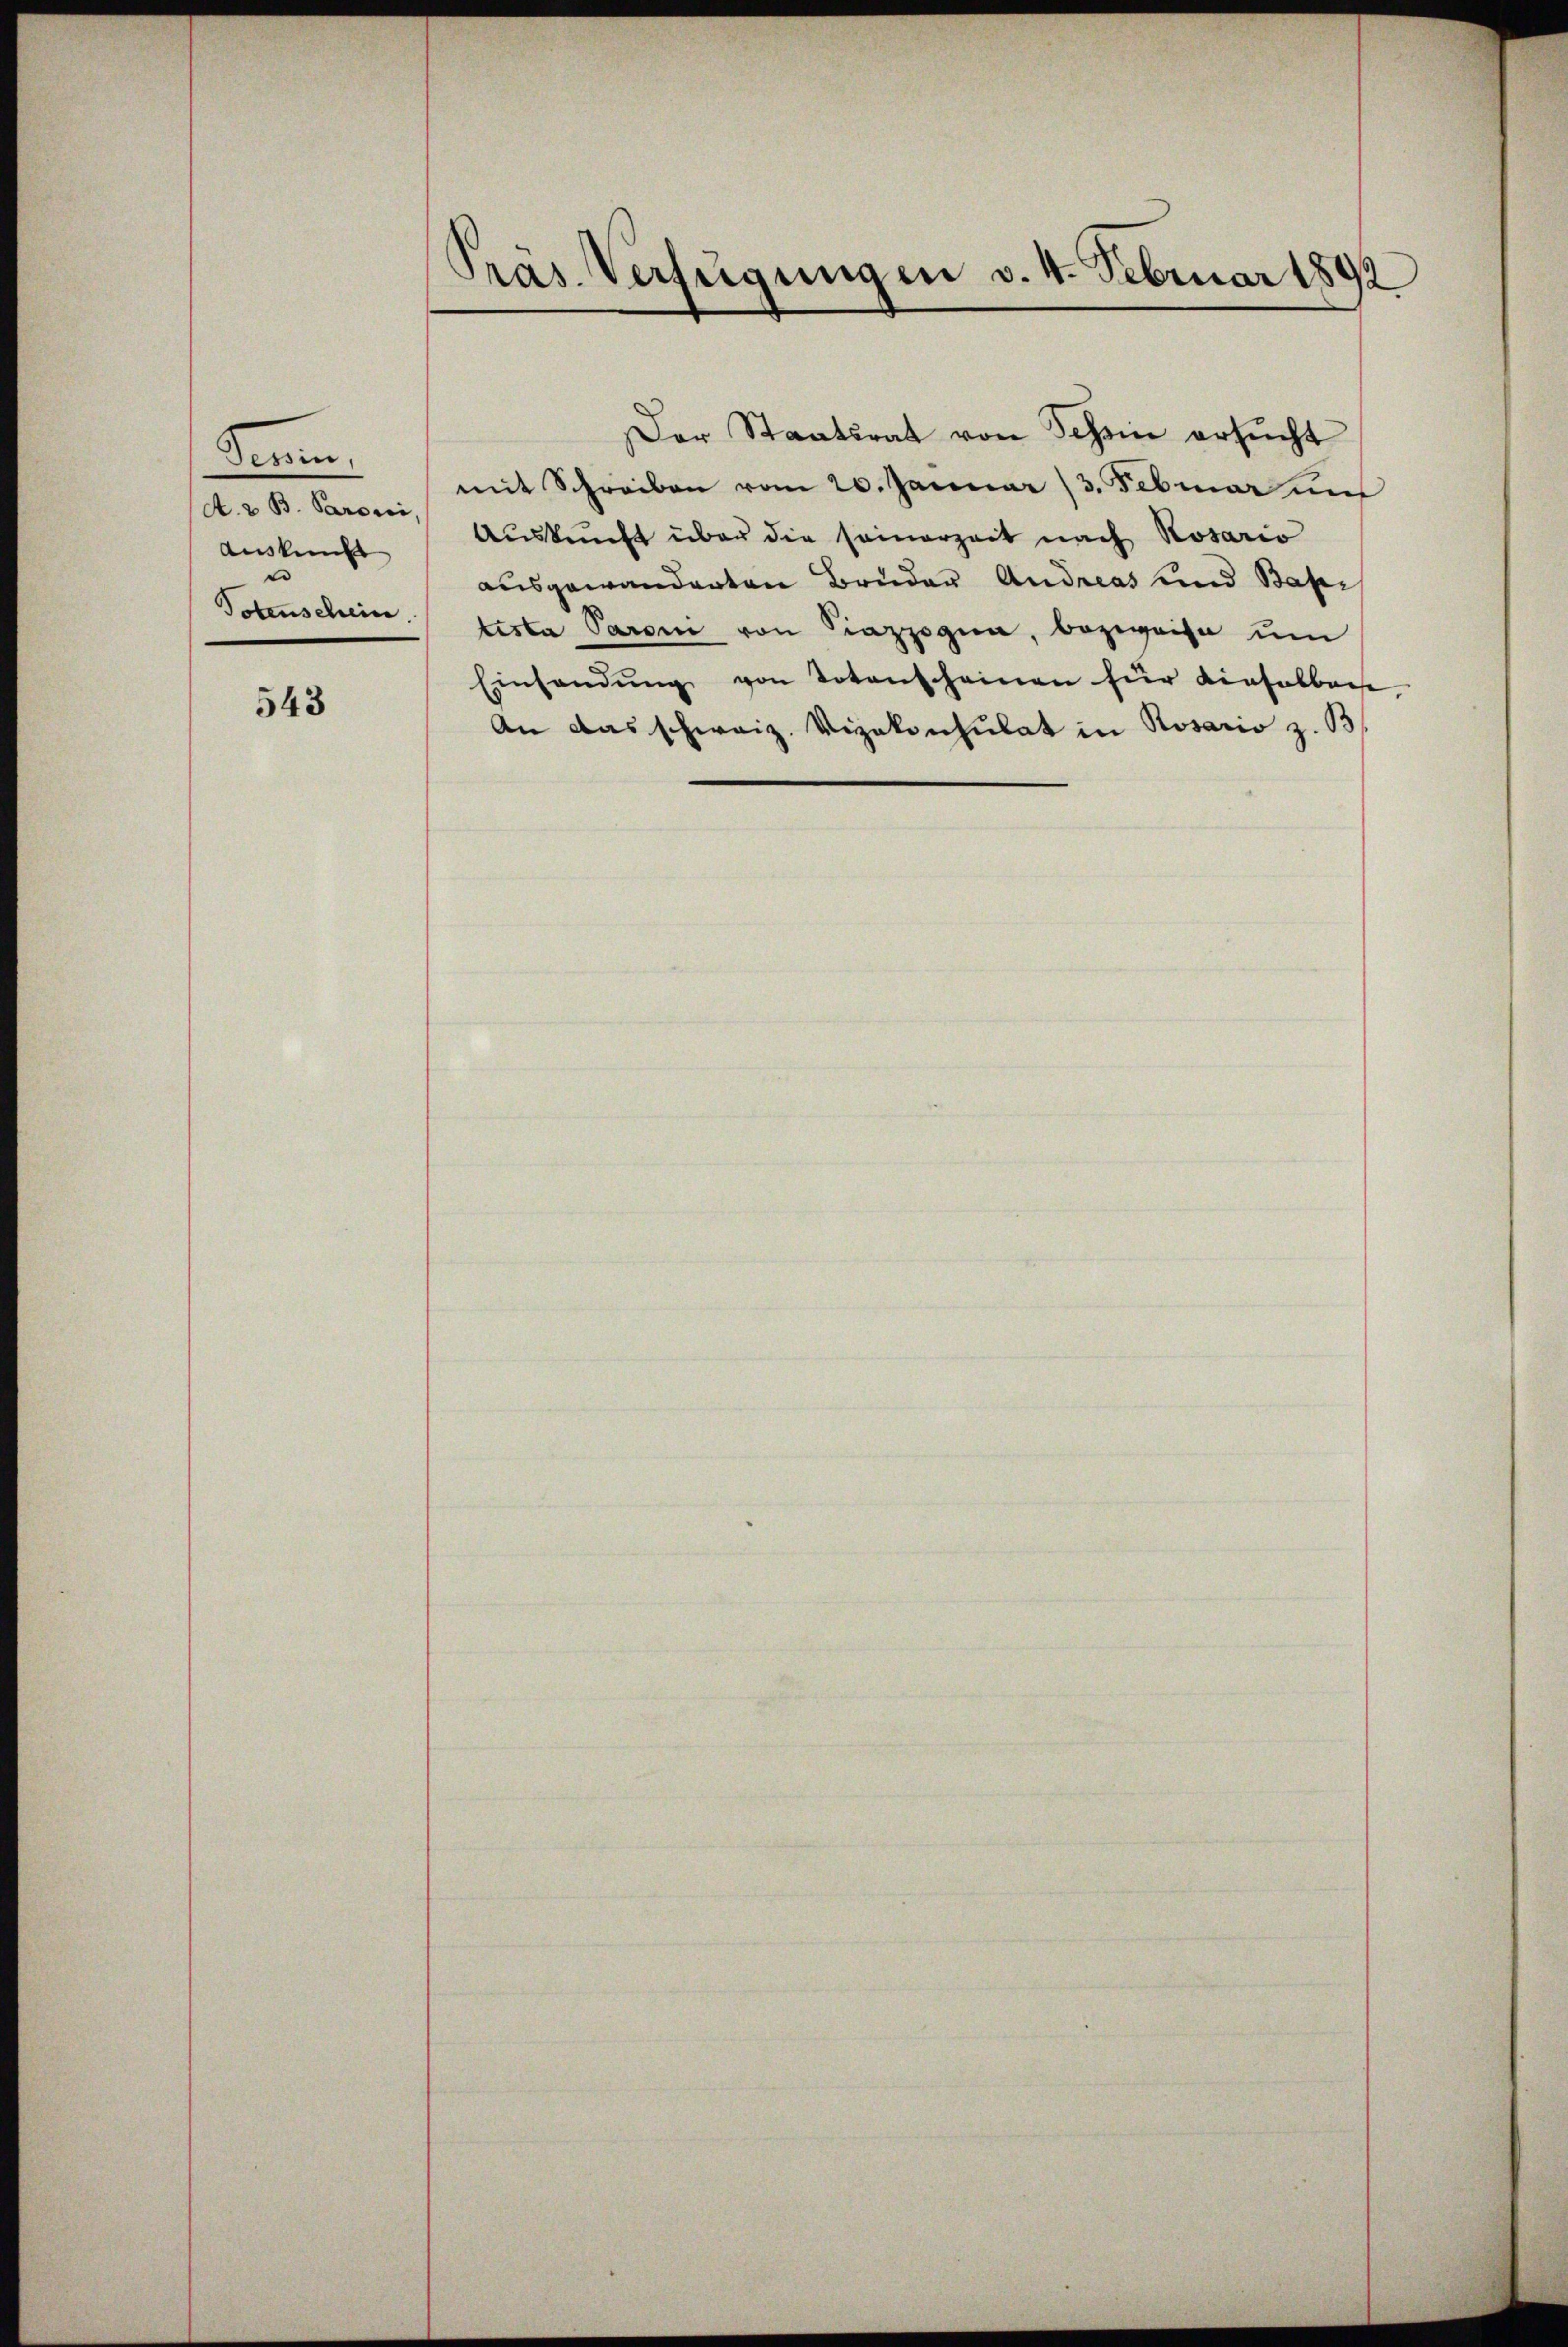
Form,
Auskunft
e
Totenschein

543

Präs. Verfügungen v. 4. Februar 1892

Der Staatsrat von Schein ersŭcht
mit Schreiben vom 20. Januar 13. Februar un
A. B. Paren Aŭskŭnft über die seinerzeit nach Rosario
ausgewanderten Bruder Andreas und Basi
testa Paroni von Piazzogen, bezweife um
Einsendŭng von Totenscheinen für dieselberse
An das schweiz. Vizekonsulat in Rosario z. B.